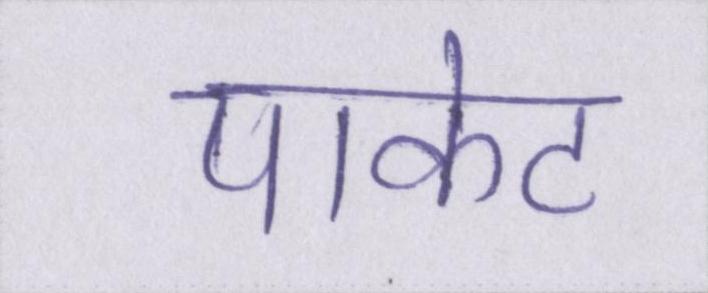
पाकेट